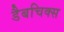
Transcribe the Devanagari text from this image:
डैबचिक्स